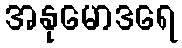
အနုမောဒရေ